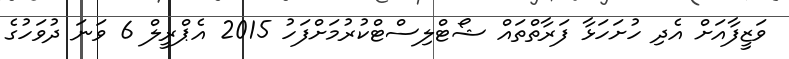
ވަޒީފާއަށް އެދި ހުށަހަޅާ ފަރާތްތައް ޝޯޓްލިސްޓްކުރުމަށްފަހު 2015 އެޕްރީލް 6 ވަނަ ދުވަހުގެ